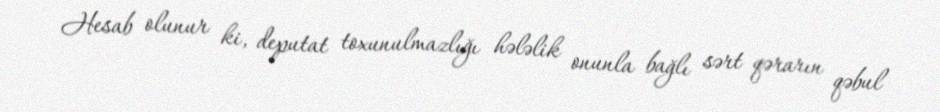
Hesab olunur ki, deputat toxunulmazlığı hələlik onunla bağlı sərt qərarın qəbul